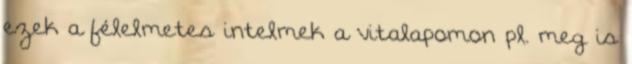
ezek a félelmetes intelmek a vitalapomon pl. meg is